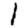
Digit: 1